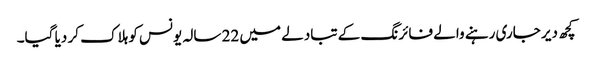
کچھ دیر جاری رہنے والے فائرنگ کے تبادلے میں 22 سالہ یونس کو ہلاک کر دیا گیا۔